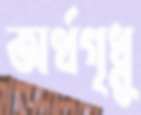
অর্থগৃধ্নু